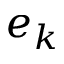
e _ { k }